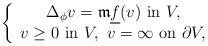
LaTeX: \begin{align*} \left\{\begin{array}{c} \Delta_\phi v=\mathfrak{m}\underline{f}(v)\ \mbox{in}\ V,\\v\geq 0\ \mbox{in}\ V,\ v=\infty\ \mbox{on}\ \partial V,\end{array}\right.\end{align*}